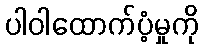
ပါဝါထောက်ပံ့မှုကို